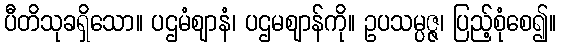
ပီတိသုခရှိသော။ ပဌမံဈာနံ၊ ပဌမဈာန်ကို။ ဥပသမ္ပဇ္ဇ၊ ပြည့်စုံစေ၍။